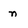
Character: n